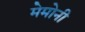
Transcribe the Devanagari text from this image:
मेमोनी